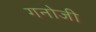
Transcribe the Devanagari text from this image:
गनोजी